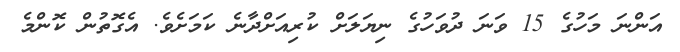
އަންނަ މަހުގެ 15 ވަނަ ދުވަހުގެ ނިޔަލަށް ކުރިއަށްދާނެ ކަމަށެވެ. އެގޮތުން ކޮންމެ